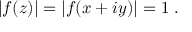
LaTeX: \left| f ( z ) \right| = \left| f ( x + i y ) \right| = 1 \; .